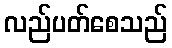
လည်ပတ်စေသည်